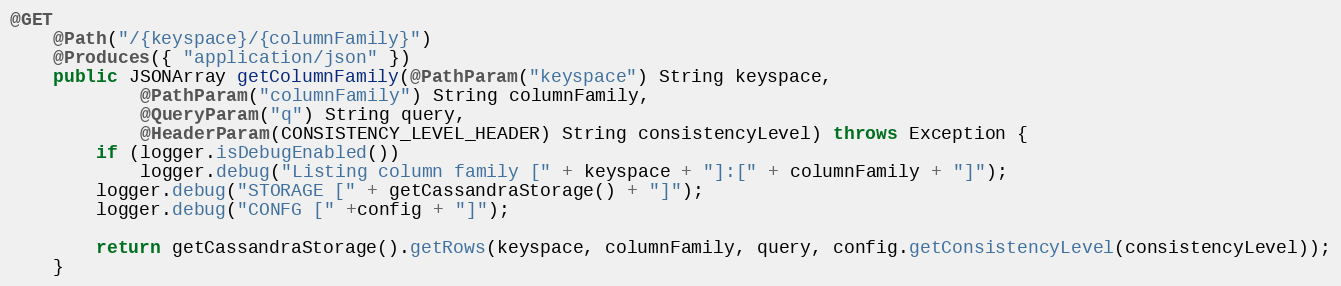
Language: Java
@GET
	@Path("/{keyspace}/{columnFamily}")
	@Produces({ "application/json" })
	public JSONArray getColumnFamily(@PathParam("keyspace") String keyspace,
			@PathParam("columnFamily") String columnFamily,
			@QueryParam("q") String query,
			@HeaderParam(CONSISTENCY_LEVEL_HEADER) String consistencyLevel) throws Exception {
		if (logger.isDebugEnabled())
			logger.debug("Listing column family [" + keyspace + "]:[" + columnFamily + "]");
		logger.debug("STORAGE [" + getCassandraStorage() + "]");
		logger.debug("CONFG [" +config + "]");

		return getCassandraStorage().getRows(keyspace, columnFamily, query, config.getConsistencyLevel(consistencyLevel));
	}